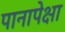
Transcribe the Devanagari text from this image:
पानापेक्षा